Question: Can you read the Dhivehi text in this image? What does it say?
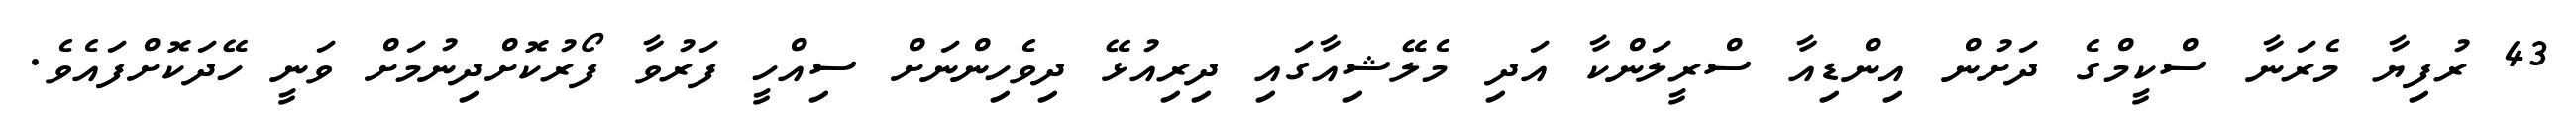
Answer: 43 ރުފިޔާ މެރަނާ ސްކީމްގެ ދަށުން އިންޑިއާ ސްރީލަންކާ އަދި މެލޭޝިއާގައި ދިރިއުޅޭ ދިވެހިންނަށް ސިއްހީ ފަރުވާ ފޯރުކޮށްދިނުމަށް ވަނީ ހޭދަކޮށްފައެވެ.